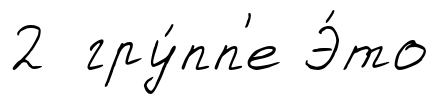
2 гру́пп'е Э́то